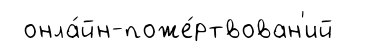
онла́йн-поже́ртвован'ий